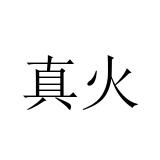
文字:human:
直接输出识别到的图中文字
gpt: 真火